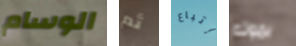
الوسام ثم إتباع بموته